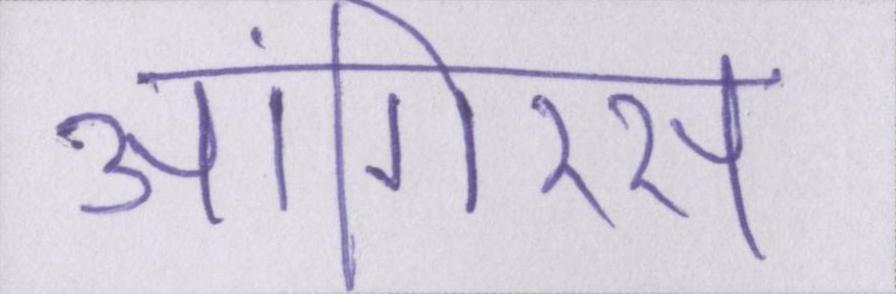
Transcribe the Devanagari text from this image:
आंगिरस